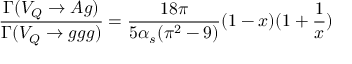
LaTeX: \frac { \Gamma ( V _ { Q } \rightarrow A g ) } { \Gamma ( V _ { Q } \rightarrow g g g ) } = \frac { 1 8 \pi } { 5 \alpha _ { s } ( \pi ^ { 2 } - 9 ) } ( 1 - x ) ( 1 + \frac { 1 } { x } )